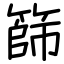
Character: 篩